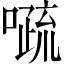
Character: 𱔰